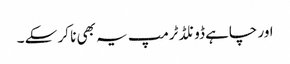
اور چاہے ڈونلڈ ٹرمپ یہ بھی نا کر سکے ۔